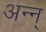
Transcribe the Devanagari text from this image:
अन्न्